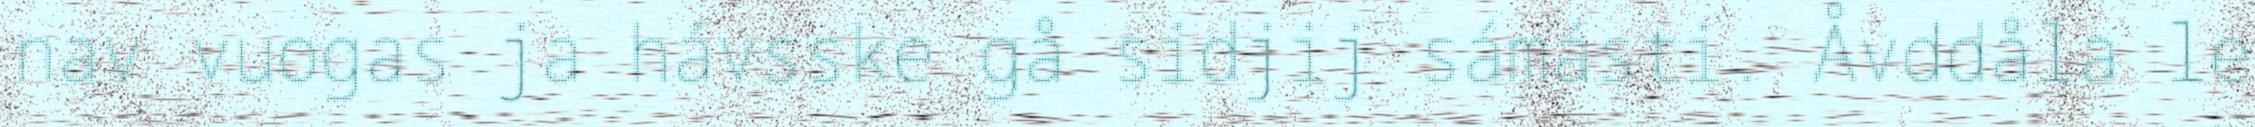
nav vuogas ja hávsske gå sidjij sámásti. Åvddåla le